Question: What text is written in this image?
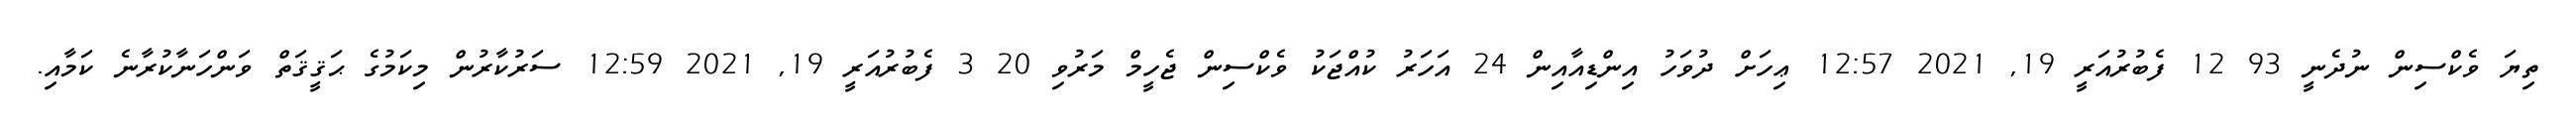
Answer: ތިޔަ ވެކްސިން ނުދެނީ 93 12 ފެބުރުއަރީ 19, 2021 12:57 ޢިހަށް ދުވަހު އިންޑިއާއިން 24 އަހަރު ކުއްޖަކު ވެކްސިން ޖެހީމް މަރުވި 20 3 ފެބުރުއަރީ 19, 2021 12:59 ސަރުކާރުން މިކަމުގެ ޙަޤީޤަތް ވަންހަނާކުރާނެ ކަމާއި.